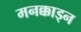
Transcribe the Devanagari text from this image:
मनक्काड्न